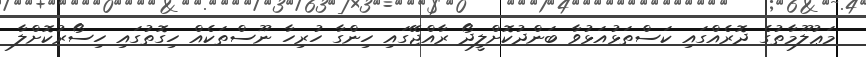
މަޢުލޫމާތުގެ ދޮރެއްގައި ކަސްތަޅުއަޅުވާ ބަންދުކޮށްލީދޯ ރާއްޖޭގައި ހިންގާ ހުރިހާ ނޫސްތަކެއް ހިގޮތުގައި ހިސޯރުކޮށްލާ